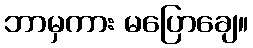
ဘာမှကား မပြောချေ။